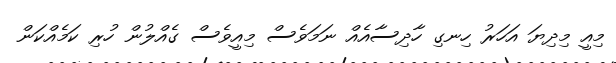
މިއީ މިދިޔަ އަހަރު ހިނގި ހާދިސާއެއް ނަމަވެސް މިއީވެސް ގެއްލުން ހުރި ކަމެއްކަން